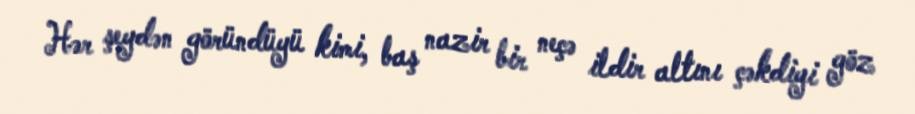
Hər şeydən göründüyü kimi, baş nazir bir neçə ildir altını çəkdiyi göz